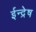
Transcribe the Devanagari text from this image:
ईन्द्रेष